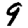
Digit: 9